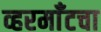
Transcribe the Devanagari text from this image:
व्हरमाँटचा